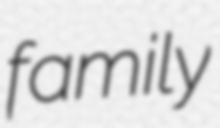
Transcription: family